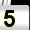
Digit: 5